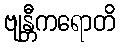
ဗျန္တီကရောတိ